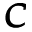
\pmb { C }